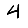
Digit: 4